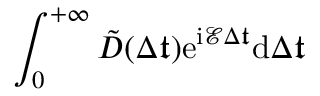
\int _ { 0 } ^ { + \infty } \tilde { D } ( \Delta \mathfrak { t } ) \mathrm { e } ^ { \mathrm { i } \mathcal { E } \Delta \mathfrak { t } } \mathrm { d } { \Delta \mathfrak { t } }